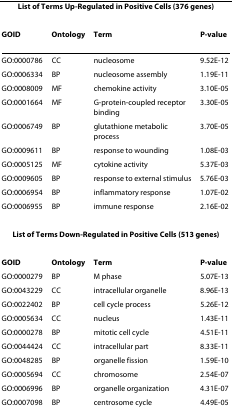
| <COLSPAN=4> List of Terms Up-Regulated in Positive Cells (376 genes) |
 | GOID | Ontology | Term | P-value |
 | --- | --- | --- | --- |
 | GO:0000786 | CC | nucleosome | 9.52E-12 |
 | GO:0006334 | BP | nucleosome assembly | 1.19E-11 |
 | GO:0008009 | MF | chemokine activity | 3.10E-05 |
 | GO:0001664 | MF | G-protein-coupled receptor binding | 3.30E-05 |
 | GO:0006749 | BP | glutathione metabolic process | 3.70E-05 |
 | GO:0009611 | BP | response to wounding | 1.08E-03 |
 | GO:0005125 | MF | cytokine activity | 5.37E-03 |
 | GO:0009605 | BP | response to external stimulus | 5.76E-03 |
 | GO:0006954 | BP | inflammatory response | 1.07E-02 |
 | GO:0006955 | BP | immune response | 2.16E-02 |
 | <COLSPAN=4> List of Terms Down-Regulated in Positive Cells (513 genes) |
 | GOID | Ontology | Term | P-value |
 | GO:0000279 | BP | M phase | 5.07E-13 |
 | GO:0043229 | CC | intracellular organelle | 8.96E-13 |
 | GO:0022402 | BP | cell cycle process | 5.26E-12 |
 | GO:0005634 | CC | nucleus | 1.43E-11 |
 | GO:0000278 | BP | mitotic cell cycle | 4.51E-11 |
 | GO:0044424 | CC | intracellular part | 8.33E-11 |
 | GO:0048285 | BP | organelle fission | 1.59E-10 |
 | GO:0005694 | CC | chromosome | 2.54E-07 |
 | GO:0006996 | BP | organelle organization | 4.31E-07 |
 | GO:0007098 | BP | centrosome cycle | 4.49E-05 |